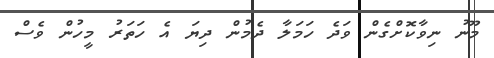
މޫނު ނިވާކޮށްގެން ވަދެ ހަމަލާ ދެމުން ދިޔަ އެ ހަތަރު މީހުން ވެސް